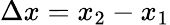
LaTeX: \Delta x=x_{2}-x_{1}